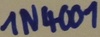
Text: 1N4001